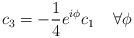
\begin{align*}c_{3}=-\frac{1}{4}e^{i\phi }c_{1}\; \; \; \; \forall \phi\end{align*}